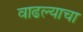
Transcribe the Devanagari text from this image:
वाढल्याचा